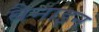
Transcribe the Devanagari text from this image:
बैनाइन